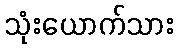
သုံးယောက်သား